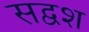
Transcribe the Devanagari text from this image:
सद्वश